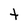
Character: t